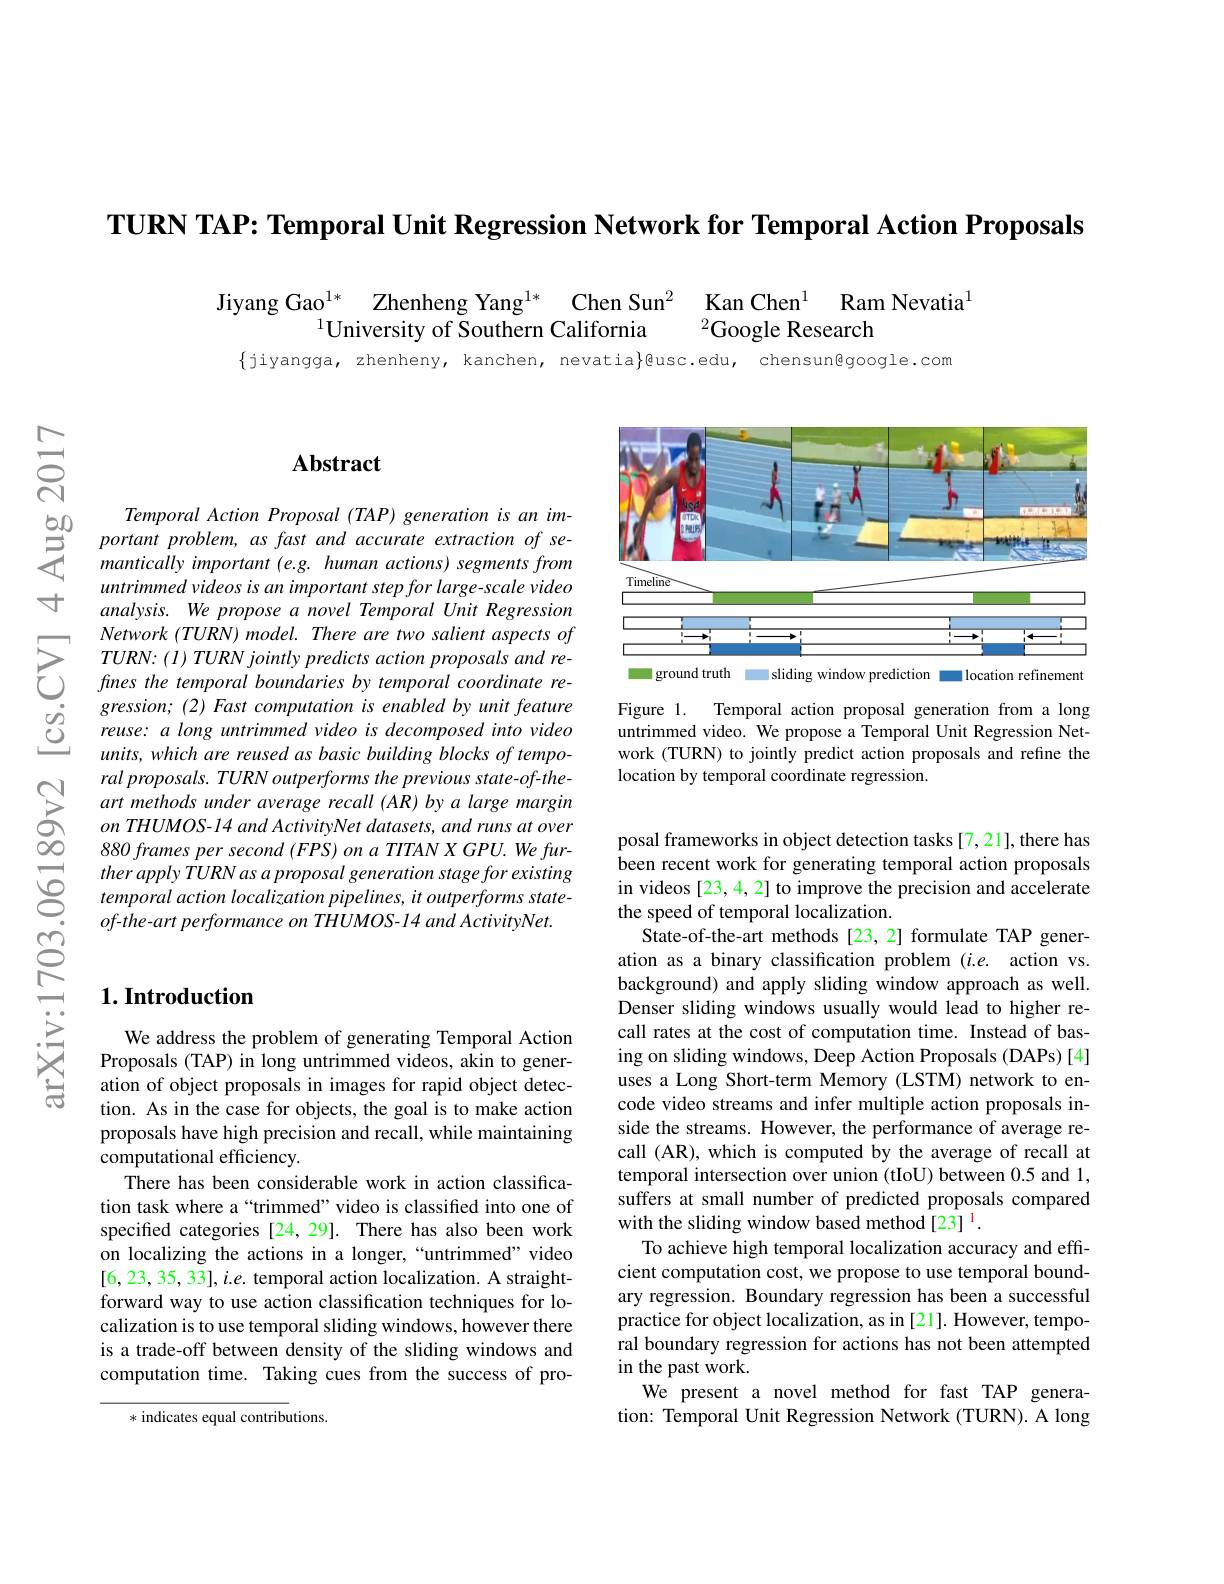
TURN TAP: Temporal Unit Regression Network for Temporal Action Proposals

Jiyang Gao$^{1*}$ Zhenheng Yang$^{1*}$ Chen Sun$^2$ Kan Chen$^1$ Ram Nevatia$^{1}\text{University of Southern California}^{2}$Google Research

$\{$jiyangga, zhenheny, kanchen, nevatia}@usc.edu, chensun@google.com

寸

$పై$

$do$

$ਨਨੇ$

## $\mathbf{Abstract}$

Temporal Action Proposal ( TAP) generation is
untrimmed videos is an impor analysis. We propose a novel Temporal Unit Regression
$\sum_{\begin{array}{c}&\text{Network (TURN) model. There are two salient aspects of}\\&TURN:(I)\text{ TURN jointly predicts action proposals and re-}\\&fmes the temporal boundaries by temporal coordinate~re-}\end{array}$
gression; (2) Fast computation is enabled by unit feature reuse: a long untrimmed video is decomposed into video units, which are reused as b
$\begin{array}{lll}&ral\:proposals.TURN\:outperforms\:the\:previous\:state-of-the-\\\sum&art\:methods\:under\:average\:recall\:(AR)\:by\:a\:large\:margin\\0&on\:THUMOS-14\:and\:ActivityNet\:datasets\:and\:runs\:at\:over\end{array}$
$880\textit{frames per second ( FPS}$
$\textcircled {5}$ therapply $TURN$ $as$ $a$ $pr$
$of$-the-art performance on

<FigureHere>

Figure 1.
Temporal action proposal gen
untrimmed video. We propose work (TURN) to jointly predi location by temporal coordin

posal frameworks in object d been recent work for generat in videos [23, 4, 2] to improve the precision and accelerate the speed of temporal locali
State-of-the-art methods [23,2] formulate TAP generation as a binary classifica background) and apply sliding window approach as well. Denser sliding windows usually would lead to higher recall rates at the cost of computation time. Instead of basing on sliding windows, Deep Action Proposals (DAPs)[4] uses a Long Short-term Memory (LSTM) network to encode video streams and infer multiple action proposals inside the streams. However, the performance of average recall (AR), which is computed by the average of recall at temporal intersection over union (tIoU) between 0.5 and 1, suffers at small number of predicted proposals compared with the sliding window based method[23] 1
To achieve high temporal localization accuracy and efficient computation cost, we propose to use temporal boundary regression. Boundary regression has been a successful practice for object localization, as in [21]. However, temporal boundary regression for actions has not been attempted in the past work.
We present a novel method for fast TAP generation: Temporal Unit Regression Network (TURN). A long

## $1. \textbf{Introduction}$

We address the problem of generating Temporal Action Proposals (TAP) in long untrimmed videos, akin to generation of object proposals in images for rapid object detection. As in the case for objects, the goal is to make action proposals have high precision and recall, while maintaining computational efficiency.
There has been considerable work in action classification task where a “trimmed” video is classified into one of specified categories [24,29]. There has also been work on localizing the actions in a longer,“untrimmed”video $[6,23,35,33],i.e.$ temporal action localization. A straightforward way to use action classification techniques for localization is to use temporal sliding windows, however there is a trade-off between density of the sliding windows and computation time. Taking cues from the success of pro-

* indicates equal contributions.